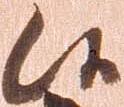
候